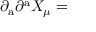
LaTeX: \partial _ { \mathrm { a } } \partial ^ { \mathrm { a } } X _ { \mu } =